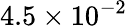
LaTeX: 4.5\times 10^{-2}